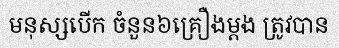
មនុស្សបើក ចំនួន៦គ្រឿងម្តង ត្រូវបាន